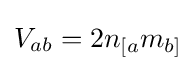
V_{ab}=2n_{[a}m_{b]}